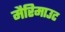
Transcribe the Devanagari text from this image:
मैरिमाउट